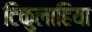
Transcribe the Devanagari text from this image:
टिकुलाहिया